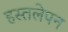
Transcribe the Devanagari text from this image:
हस्तलेपन